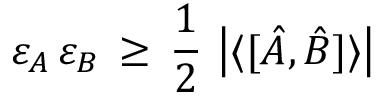
\varepsilon _ { A } \, \varepsilon _ { B } \, \geq \, { \frac { 1 } { 2 } } \, \left| \langle [ { \hat { A } } , { \hat { B } } ] \rangle \right|